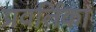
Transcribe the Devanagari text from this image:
प्रवर्तिका